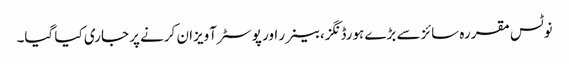
نوٹس مقررہ سائزسے بڑے ہورڈنگز،بینرر اور پوسٹر آویزان کرنے پر جاری کیا گیا۔